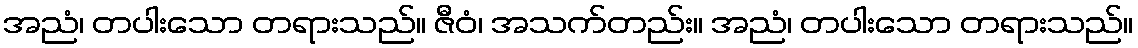
အညံ၊ တပါးသော တရားသည်။ ဇီဝံ၊ အသက်တည်း။ အညံ၊ တပါးသော တရားသည်။